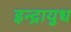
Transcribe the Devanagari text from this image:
इन्द्रायुध